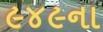
૯૪૯ના